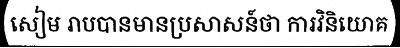
សៀម រាបបានមានប្រសាសន៍ថា ការវិនិយោគ